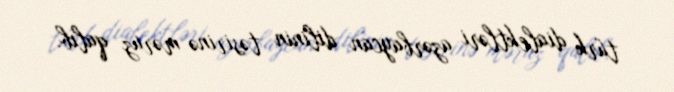
türk dialektləri azərbaycan dilinin təsirinə məruz qalıb.